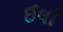
ઈલી